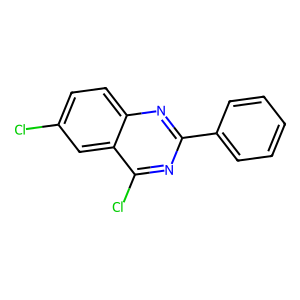
SMILES: Clc1ccc2nc(-c3ccccc3)nc(Cl)c2c1
Inhibits HIV replication: No